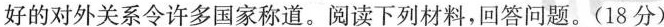
好的对外关系令许多国家称道。阅读下列材料，回答问题。(18分)